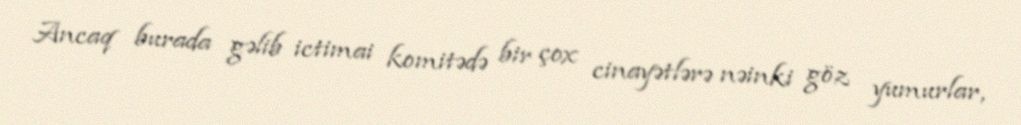
Ancaq burada gəlib ictimai komitədə bir çox cinayətlərə nəinki göz yumurlar,